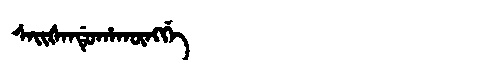
Manchu: ᠰᠠᡳᡧᠠᠨᡩᡠᡥᠠᡴᡡᠩᡤᡝ
Romanization: SAIŠANDUHAKŪNGGE